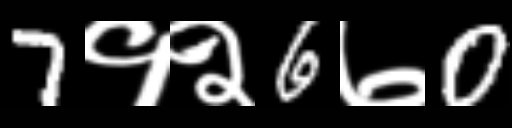
Text: 7१२6७0